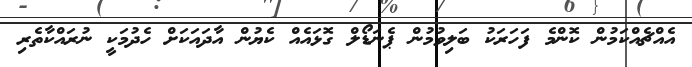
އެއްޗެއްކަމުން ކޮންމެ ފަހަރަކު ބަލިވުމުން ޕެނަޑޯލް ގޮޅައެއް ކެޔުން އާދައަކަށް ހެދުމަކީ ނުރައްކާތެރި